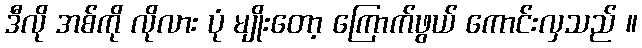
ဒီလို အစ်ကို လိုလား ပုံ မျိုးတော့ ကြောက်ဖွယ် ကောင်းလှသည် ။